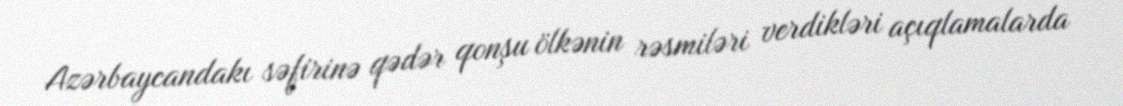
Azərbaycandakı səfirinə qədər qonşu ölkənin rəsmiləri verdikləri açıqlamalarda